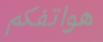
هواتفكم